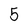
Character: 5